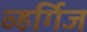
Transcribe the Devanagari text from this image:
व्हर्गिज